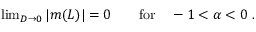
\begin{array} { r } { \operatorname* { l i m } _ { D \to 0 } | m ( L ) | = 0 \qquad \mathrm { f o r } \quad - 1 < \alpha < 0 \ . } \end{array}